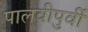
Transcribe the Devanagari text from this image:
पालवीपुर्वी